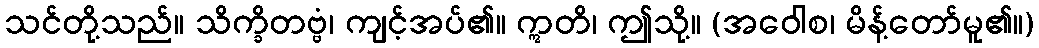
သင်တို့သည်။ သိက္ခိတဗ္ဗံ၊ ကျင့်အပ်၏။ ဣတိ၊ ဤသို့။ (အဝေါစ၊ မိန့်တော်မူ၏။)